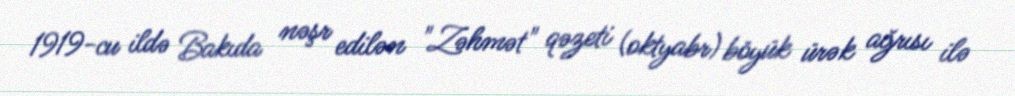
1919-cu ildə Bakıda nəşr edilən "Zəhmət" qəzeti (oktyabr) böyük ürək ağrısı ilə